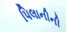
પિલાનીની